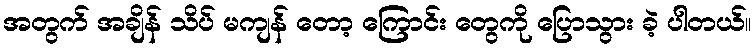
အတွက် အချိန် သိပ် မကျန် တော့ ကြောင်း တွေကို ပြောသွား ခဲ့ ပါတယ်။